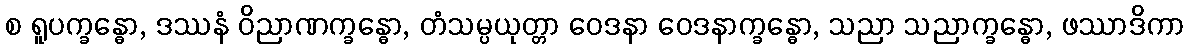
စ ရူပက္ခန္ဓော, ဒဿနံ ဝိညာဏက္ခန္ဓော, တံသမ္ပယုတ္တာ ဝေဒနာ ဝေဒနာက္ခန္ဓော, သညာ သညာက္ခန္ဓော, ဖဿာဒိကာ